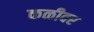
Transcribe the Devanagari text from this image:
कळीवर